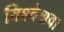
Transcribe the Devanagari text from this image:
विश्वेश्रवा